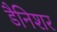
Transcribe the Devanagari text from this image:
डैनिशर